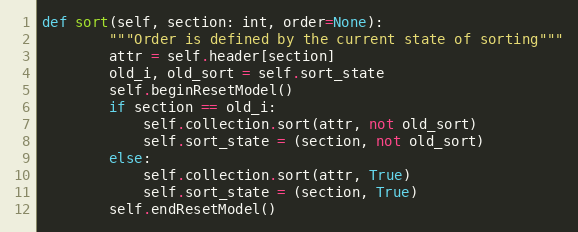
Language: Python
def sort(self, section: int, order=None):
        """Order is defined by the current state of sorting"""
        attr = self.header[section]
        old_i, old_sort = self.sort_state
        self.beginResetModel()
        if section == old_i:
            self.collection.sort(attr, not old_sort)
            self.sort_state = (section, not old_sort)
        else:
            self.collection.sort(attr, True)
            self.sort_state = (section, True)
        self.endResetModel()